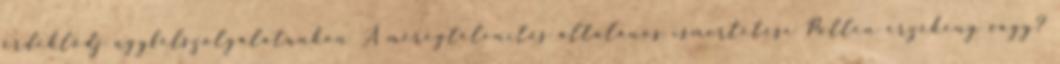
érdeklődj ügyfélszolgálatunkon A méregtelenítés általános ismertetése Pollen érzékeny vagy?